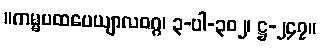
။ကမ္မပထပေယျာလဝဂ္ဂ၊ ၃-ပါ-၃၀၂၊ ဋ္ဌ-၂၄၇။